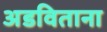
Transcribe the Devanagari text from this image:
अडविताना